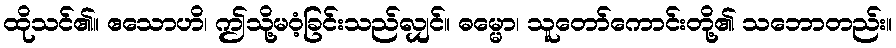
ထိုသင်၏။ ဧသောဟိ၊ ဤသို့မဝံ့ခြင်းသည်လျှင်။ ဓမ္မော၊ သူတော်ကောင်းတို့၏ သဘောတည်း။